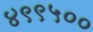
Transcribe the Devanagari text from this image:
४९९५००